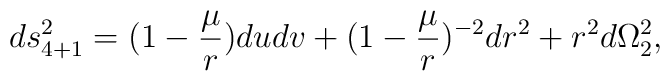
ds^2_{4+1}= ( 1 -{ \mu \over r}) du dv  + ( 1 -{  \mu \over r})^{-2}dr^2 + r^2 d \Omega^2_2,